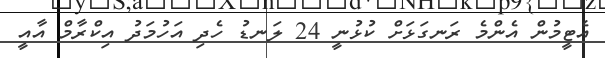
އެޓީމުން އެންމެ ރަނގަޅަށް ކުޅުނީ 24 ލަނޑު ހެދި އަހުމަދު އިކްރާމް އާއީ